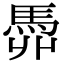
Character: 𩢓